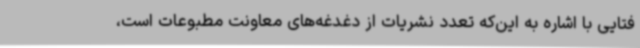
فتایی با اشاره به این‌که تعدد نشریات از دغدغه‌های معاونت مطبوعات است،